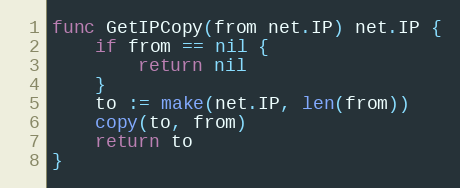
Language: Go
func GetIPCopy(from net.IP) net.IP {
	if from == nil {
		return nil
	}
	to := make(net.IP, len(from))
	copy(to, from)
	return to
}